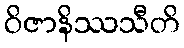
ဝိဇာနိဿသီတိ